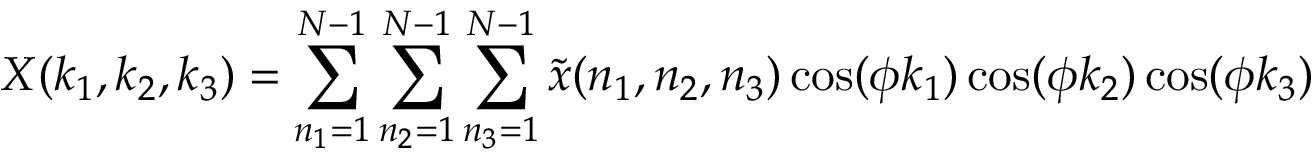
X ( k _ { 1 } , k _ { 2 } , k _ { 3 } ) = \sum _ { n _ { 1 } = 1 } ^ { N - 1 } \sum _ { n _ { 2 } = 1 } ^ { N - 1 } \sum _ { n _ { 3 } = 1 } ^ { N - 1 } { \tilde { x } } ( n _ { 1 } , n _ { 2 } , n _ { 3 } ) \cos ( \phi k _ { 1 } ) \cos ( \phi k _ { 2 } ) \cos ( \phi k _ { 3 } )